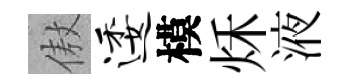
傲逶模秌液